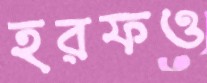
হরফও